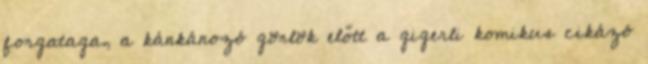
forgataga, a kánkánozó görlök előtt a gigerli komikus cikázó